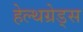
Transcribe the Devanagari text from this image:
हेल्थग्रेड्स